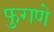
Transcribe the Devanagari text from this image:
फुगणे